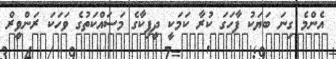
އެންމެ ގިނަ ބަޔަކު ފާހަގަ ކުރާ ކަމަކީ ދީޕިކާގެ މަސައްކަތުގެ ވަހަކަ ރަންވީރް